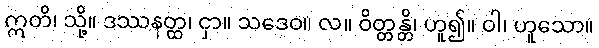
ဣတိ၊ သို့။ ဒဿနတ္ထ၊ ငှာ။ သဒေဝ။ လ။ ဝိတ္တန္တိ၊ ဟူ၍။ ဝါ၊ ဟူသော။